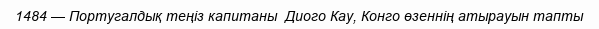
1484 — Португалдық теңіз капитаны  Диого Кау, Конго өзеннің атырауын тапты